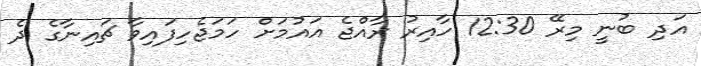
އަދި ބުނީ މިރޭ 12:30 ހާއިރު ރާއްޖެ އައުމަށް ހަމަޖެހިފައިވާ ޗައިނާގެ ދެ